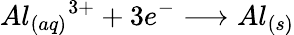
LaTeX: Al_{(aq)}{^{3+}}+3e^{-}\longrightarrow Al_{(s)}